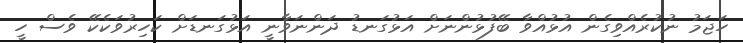
ހަޖަމު ނުކުރެއްވިގެން އުޅުއްވާ ބޭފުޅުންނަށް އަޅުގަނޑު ދަންނަވާނީ އަޅުގަނޑަށް ކަހިރުވަކެކޭ ވެސް ހީ